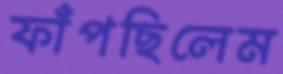
ফাঁপছিলেম